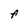
Character: A